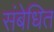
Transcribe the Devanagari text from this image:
संबेधित